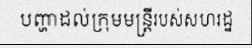
បញ្ហាដល់ក្រុមមន្ត្រីរបស់សហរដ្ឋ